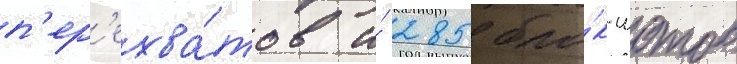
п'ер'ехва́тов и́ 285 бло́к-шотов